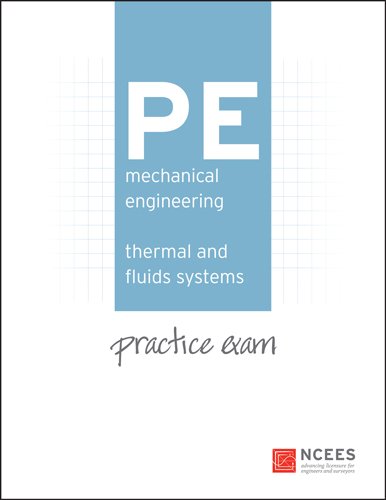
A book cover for PE Mechanical Engineering: Thermal and Fluids Practice Exam; Ncees; Science & Math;